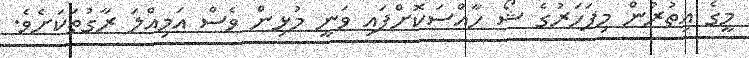
މީގެ އިތުރުން މިފަހަރުގެ ޝޯ ހާއްސަކޮށްފައި ވަނީ މުޅިން ވެސް އަމިއްލަ ރާގުތަކަށެވެ.